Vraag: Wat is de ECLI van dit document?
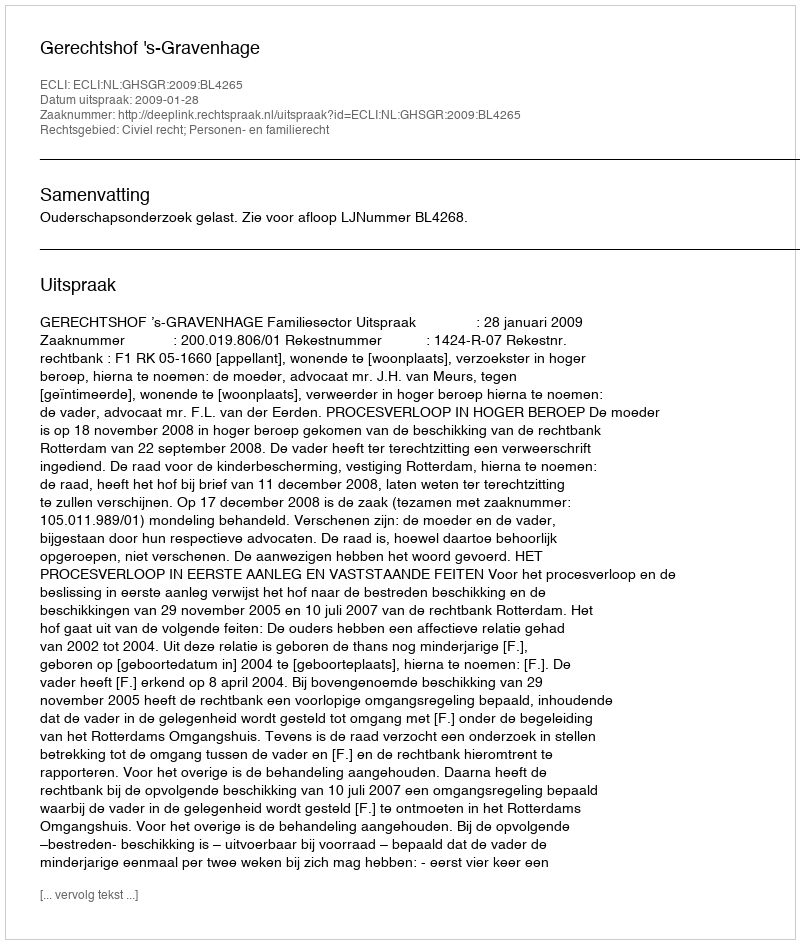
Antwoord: ECLI:NL:GHSGR:2009:BL4265